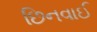
છિનવાઈ